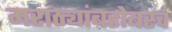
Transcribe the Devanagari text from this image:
मराठ्यांबरोबरच